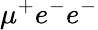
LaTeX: \mu^{+}e^{-}e^{-}